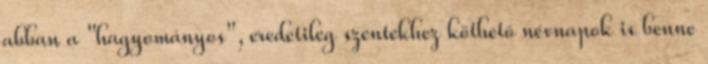
abban a "hagyományos", eredetileg szentekhez köthető névnapok is benne